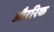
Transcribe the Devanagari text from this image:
औररिक